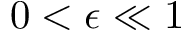
0 < \epsilon \ll 1